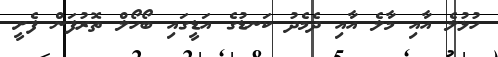
ހުޅުލެ އާއި މާލެ އާއި ދެމެދު ކަނޑުގެ އަޑީގައި ބޯހޯލް ތޮރުފަން ފެށީ